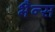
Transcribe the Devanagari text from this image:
भैन्स